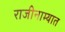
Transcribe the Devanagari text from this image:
राजीनाम्यात